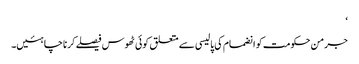
‘
جرمن حکومت کو انضمام کی پالیسی سے متعلق کوئی ٹھوس فیصلے کرنا چاہئیں۔